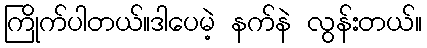
ကြိုက်ပါတယ်။ဒါပေမဲ့ နက်နဲ လွန်းတယ်။